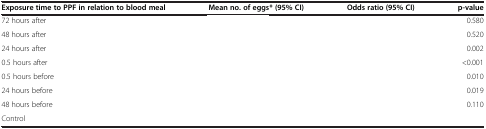
<table><thead><tr><td><b>Exposure time to PPF in relation to blood meal</b></td><td><b>Mean no. of eggs* (95% CI)</b></td><td><b>Odds ratio (95% CI)</b></td><td><b>p-value</b></td></tr></thead><tbody><tr><td>72 hours after</td><td>[EMPTY_CELL]</td><td>[EMPTY_CELL]</td><td>0.580</td></tr><tr><td>48 hours after</td><td>[EMPTY_CELL]</td><td>[EMPTY_CELL]</td><td>0.520</td></tr><tr><td>24 hours after</td><td>[EMPTY_CELL]</td><td>[EMPTY_CELL]</td><td>0.002</td></tr><tr><td>0.5 hours after</td><td>[EMPTY_CELL]</td><td>[EMPTY_CELL]</td><td>&lt;0.001</td></tr><tr><td>0.5 hours before</td><td>[EMPTY_CELL]</td><td>[EMPTY_CELL]</td><td>0.010</td></tr><tr><td>24 hours before</td><td>[EMPTY_CELL]</td><td>[EMPTY_CELL]</td><td>0.019</td></tr><tr><td>48 hours before</td><td>[EMPTY_CELL]</td><td>[EMPTY_CELL]</td><td>0.110</td></tr><tr><td>Control</td><td>[EMPTY_CELL]</td><td>[EMPTY_CELL]</td><td>[EMPTY_CELL]</td></tr></tbody></table>